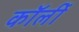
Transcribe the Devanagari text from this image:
कॉर्ली